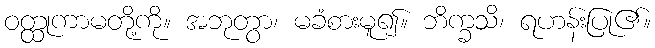
ဝတ္ထုကာမတို့ကို။ အဘုတွာ၊ မခံစားမူ၍။ ဘိက္ခသိ၊ ရဟန်းပြု၏။